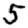
Digit: 5